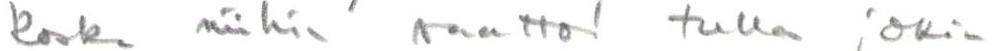
koska niihin saattoi tulla jokin